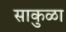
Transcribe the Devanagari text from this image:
साकुळा